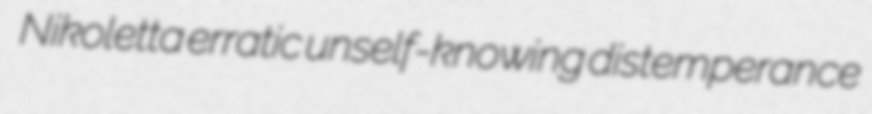
Nikoletta erratic unself-knowing distemperance